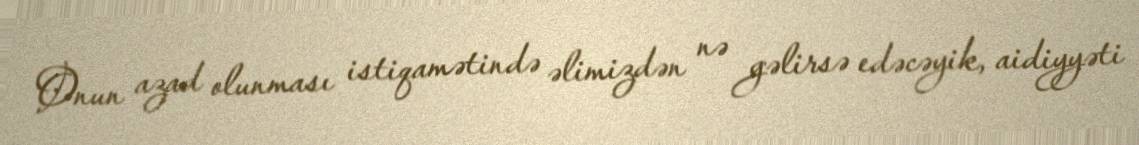
Onun azad olunması istiqamətində əlimizdən nə gəlirsə edəcəyik, aidiyyəti